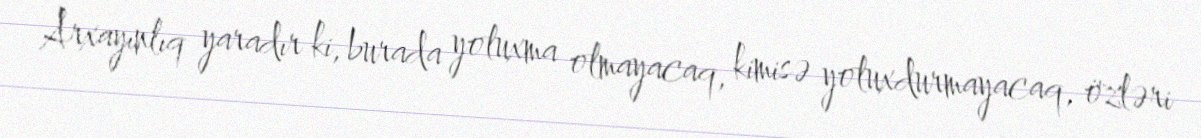
Arxayınlıq yaradır ki, burada yoluxma olmayacaq, kimisə yoluxdurmayacaq, özləri